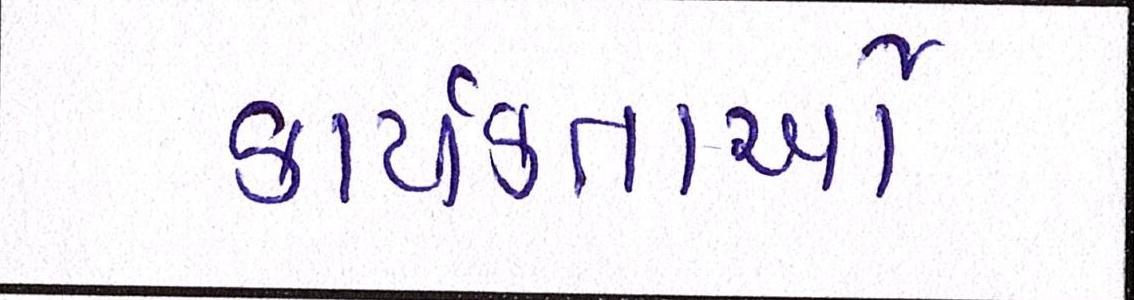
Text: કાર્યકતાર્આે